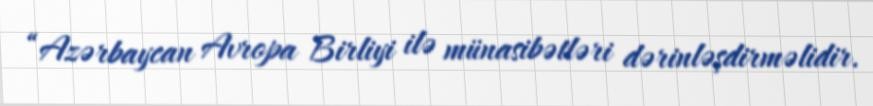
“Azərbaycan Avropa Birliyi ilə münasibətləri dərinləşdirməlidir.